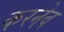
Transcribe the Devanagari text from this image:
करनेव